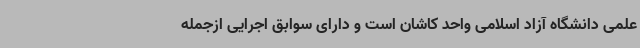
علمی دانشگاه آزاد اسلامی واحد کاشان است و دارای سوابق اجرایی ازجمله